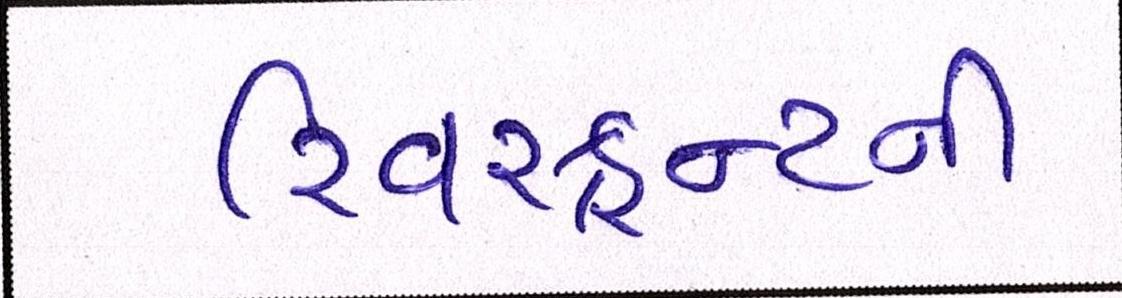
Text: રિવરફ્રન્ટની